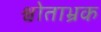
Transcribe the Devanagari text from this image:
श्वोताभ्रक